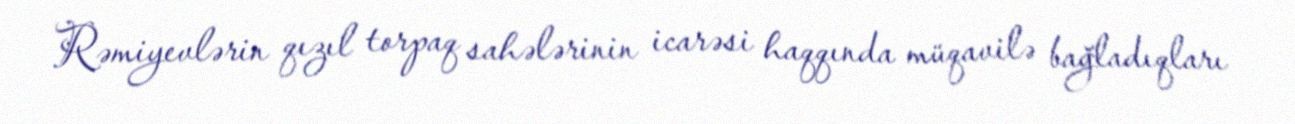
Rəmiyevlərin qızıl torpaq sahələrinin icarəsi haqqında müqavilə bağladıqları